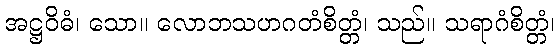
အဋ္ဌဝိဓံ၊ သော။ လောဘသဟဂတံစိတ္တံ၊ သည်။ သရာဂံစိတ္တံ၊